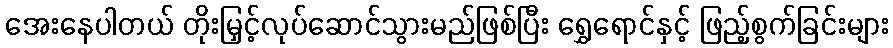
အေးနေပါတယ် တိုးမြှင့်လုပ်ဆောင်သွားမည်ဖြစ်ပြီး ရွှေရောင်နှင့် ဖြည့်စွက်ခြင်းများ